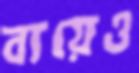
ব্যয়েও